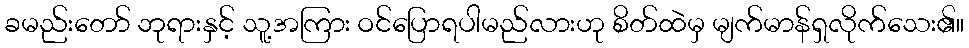
ခမည်းတော် ဘုရားနှင့် သူ့အကြား ဝင်ပြောရပါမည်လားဟု စိတ်ထဲမှ မျက်မာန်ရှလိုက်သေး၏။